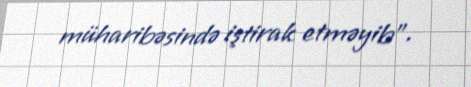
müharibəsində iştirak etməyib”.